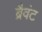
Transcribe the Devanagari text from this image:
ब्रैवंट